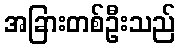
အခြားတစ်ဦးသည်